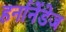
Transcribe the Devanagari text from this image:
हर्नानेंडेज